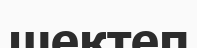
шектеп